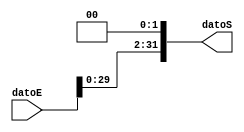
`timescale 1ns/1ns

module Shiftleft (
    input [31:0]datoE,
    output [31:0]datoS
);

assign datoS = datoE << 2;

endmodule